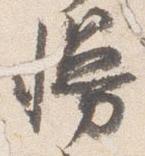
幔